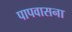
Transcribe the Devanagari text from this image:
पापवासना